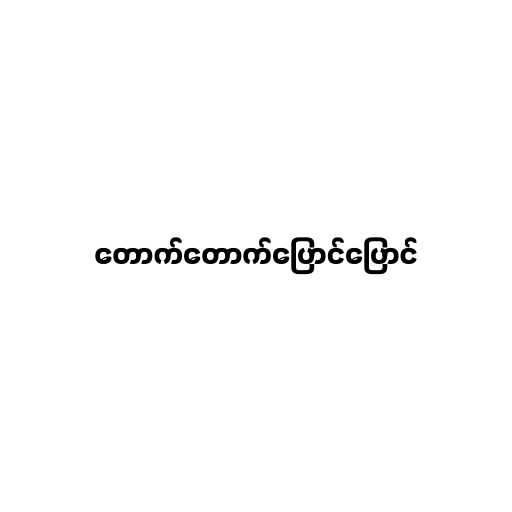
တောက်တောက်ပြောင်ပြောင်